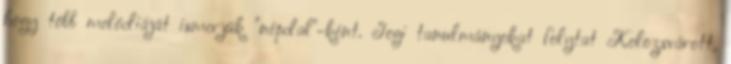
hogy több melódiáját ismerjük "népdal"-ként. Jogi tanulmányokat folytat Kolozsvárott,